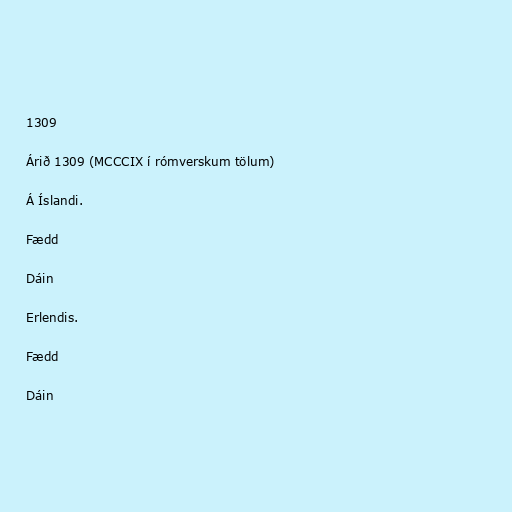
1309

Árið 1309 (MCCCIX í rómverskum tölum)

Á Íslandi.

Fædd

Dáin

Erlendis.

Fædd

Dáin